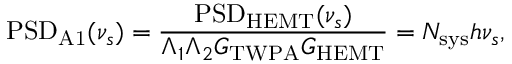
\mathrm { P S D } _ { \mathrm { A 1 } } ( \nu _ { s } ) = \frac { \mathrm { P S D } _ { \mathrm { H E M T } } ( \nu _ { s } ) } { \Lambda _ { 1 } \Lambda _ { 2 } G _ { \mathrm { T W P A } } G _ { \mathrm { H E M T } } } = N _ { \mathrm { s y s } } h \nu _ { s } ,